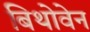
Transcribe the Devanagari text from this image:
बिथोवेन